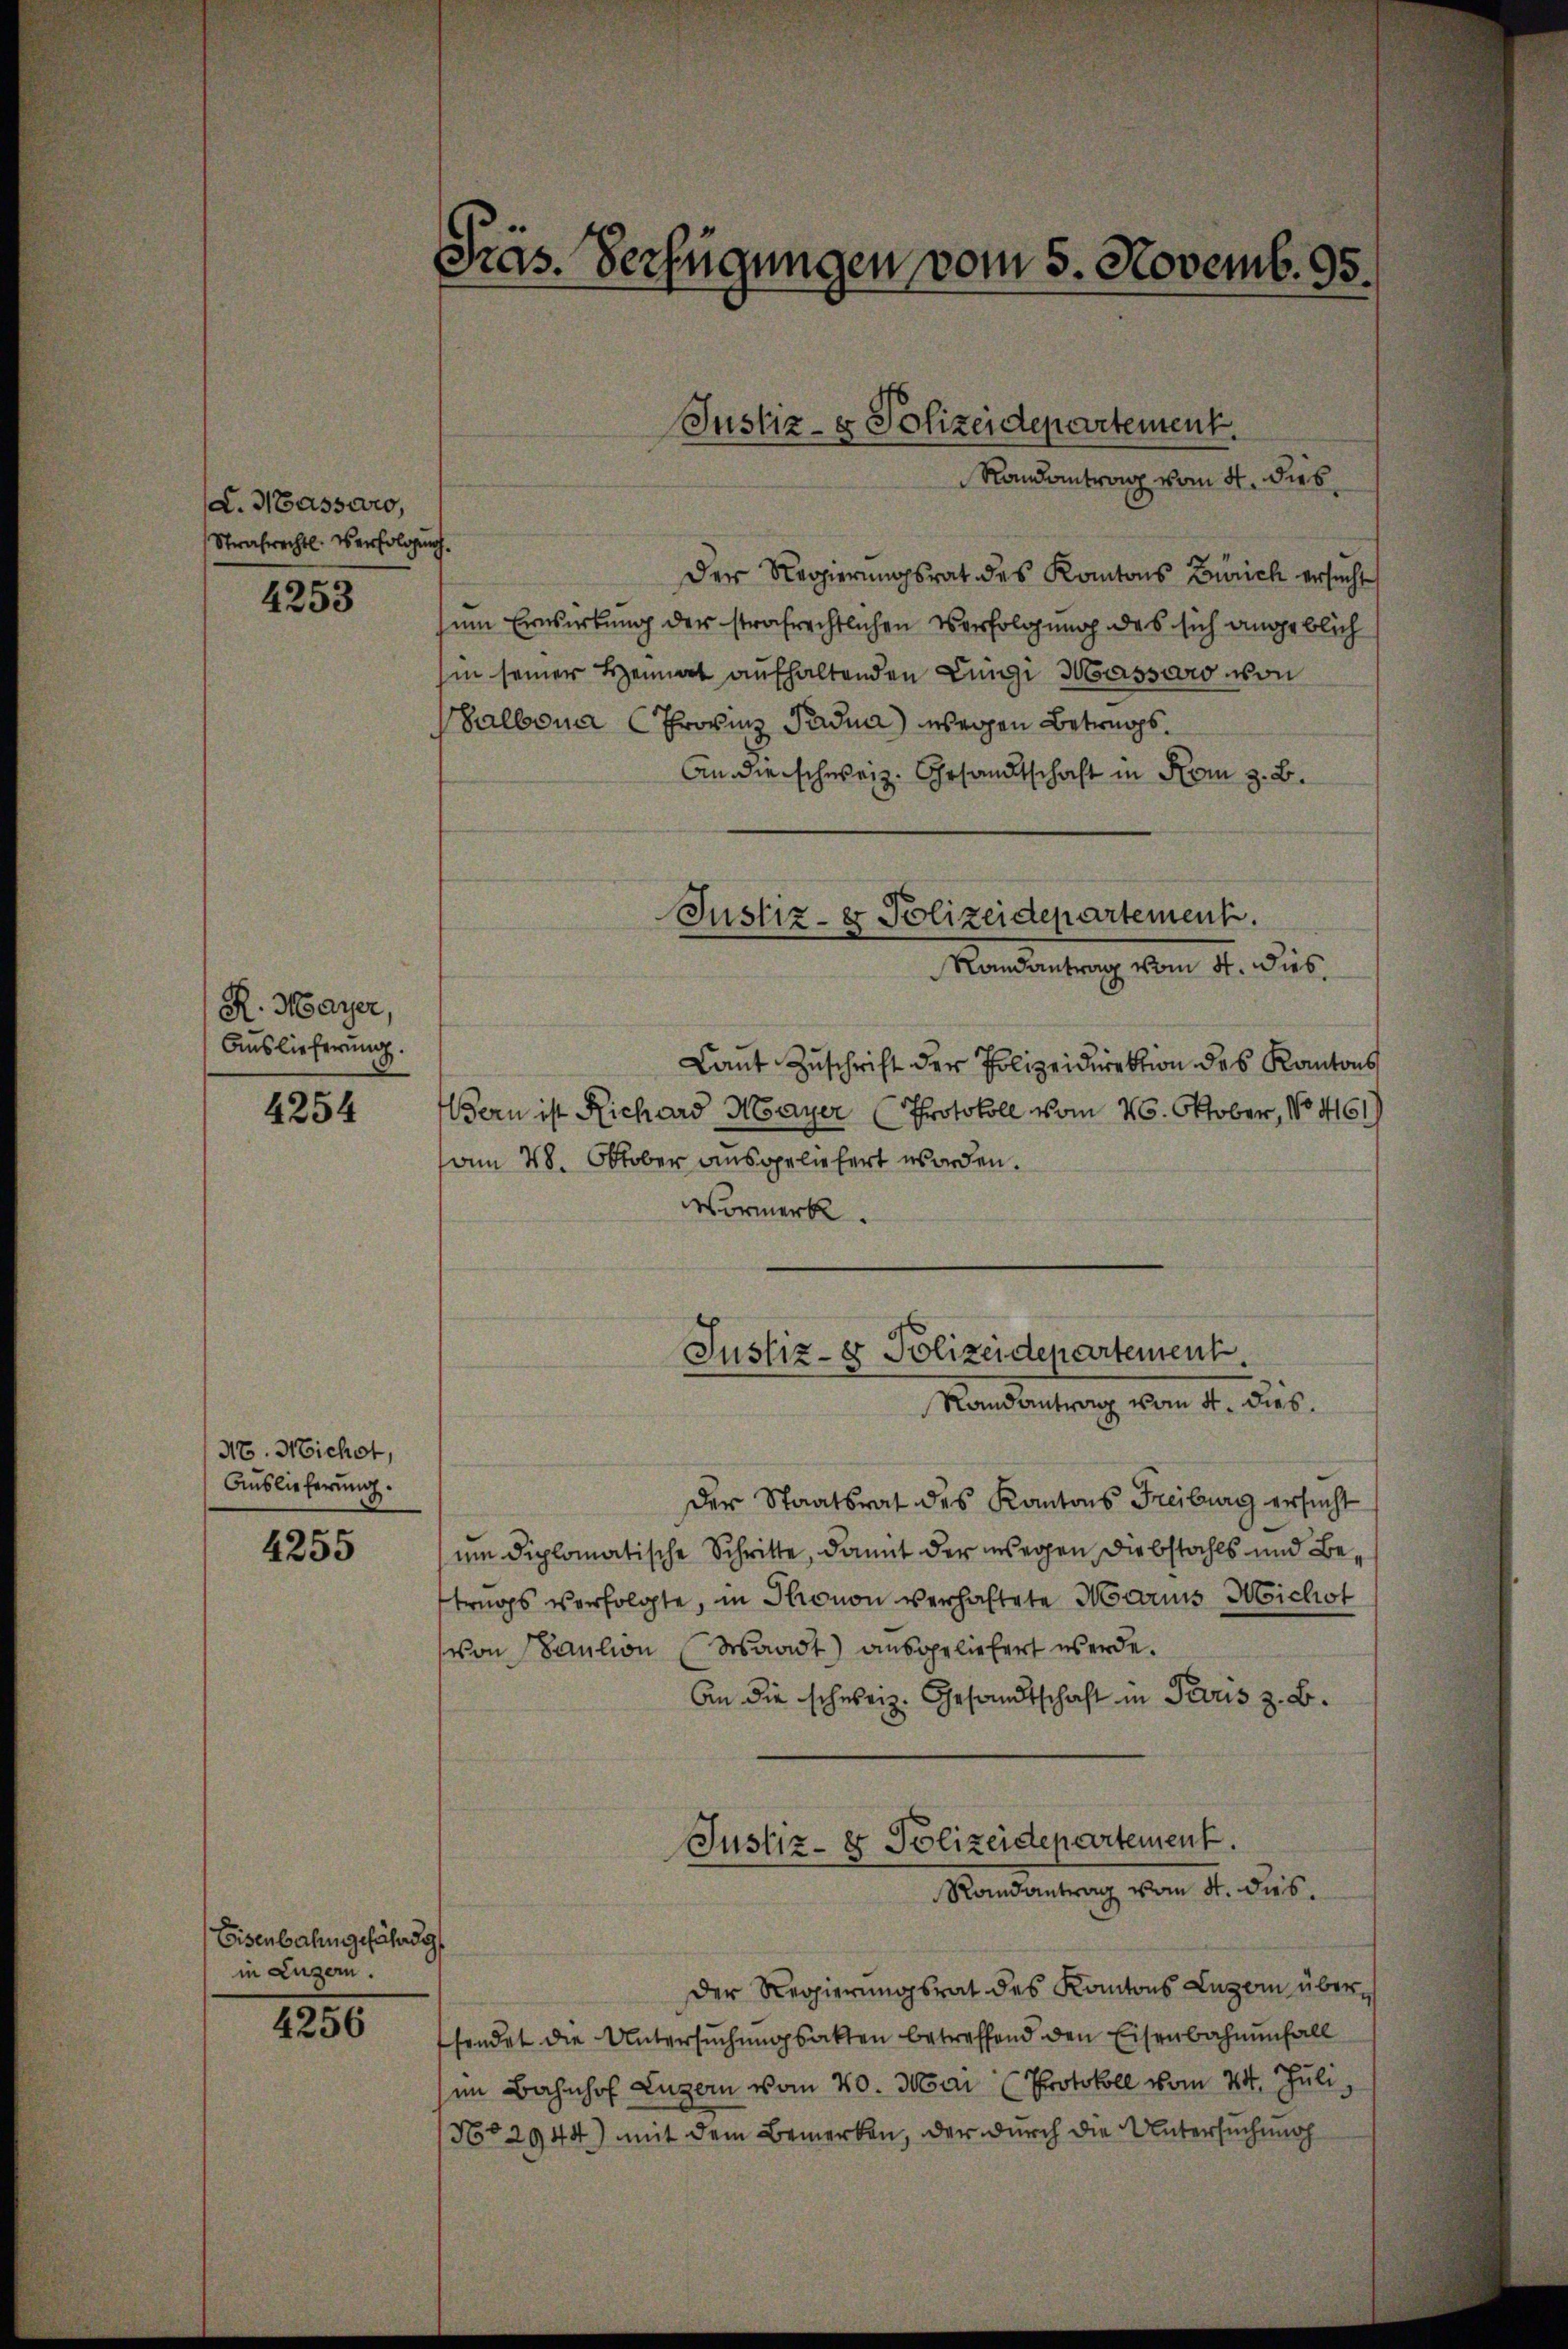
L. Hassaro,
Strafrechtl. Verfolgung.

4253

R. Mayer,
Auslieferung.

4254

NE. Michet,
Auslieferung.

4255

Eisenbahngefährde
in Luzern.

4256

Präs. Verfügungen vom 5. Novemb. 95.

Justiz- & Polizeidepartement.
Randantrag vom 4. dies

Der Regierungsrat des Kantons Zürich ersucht
zum Erwirkung der strafrechtlichen Verfolgung des sich angeblich
hin seiner Heimat aufhaltenden Lingi Wassero von
Walbona (Provinz Padna) wegen Betrags¬
An die schweiz. Gesandtschaft in Rom z. B.
Justiz- & Polizeidepartement.
Mandantrag vom 4. Dies
Laut Zuschrift der Polizeidirektion des Kantons
Bern ist Richard Mayer (Protokoll vom 25. Oktober, No 461)
am 28. Oktober ausgeliefert worden.
Vormerk

Justiz- & Polizeidepartement.
Randantrag vom 4. dies.

Der Staatsrat des Kantons Freiburg ersucht
um diplomatische Schritte, damit der wegen Diebstahls und Betrags verfolgte, in Monon verhaltete Maris Michot
von Paulion (Waadt) ausgeliefert werde.
An die schweiz. Gesandtschaft in Paris z. B.

Justiz- & Polizeidepartement.
Randantrag vom 4. dies.

Der Regierungsrat des Kantons Luzern über
fendet die Untersuchungsakten betreffend den Eisenbahnenfall
im Bahnhof Luzern vom 20. Mai (Protokoll vom 24. Juli,
No 2944) mit dem Bemerken, der durch die Untersuchung